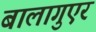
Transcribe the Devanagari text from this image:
बालागुएर